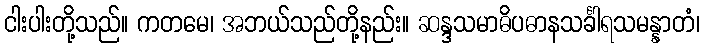
ငါးပါးတို့သည်။ ကတမေ၊ အဘယ်သည်တို့နည်း။ ဆန္ဒသမာဓိပဓာနသင်္ခါရသမန္နာတံ၊